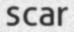
scar